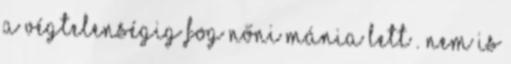
a végtelenségig fog nőni mánia lett . Nem is